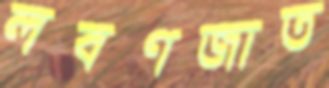
লবণজাত